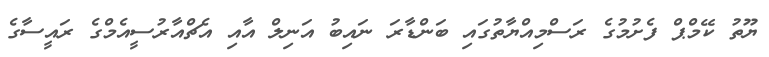
ޔޫތު ކޭމްޕް ފެށުމުގެ ރަސްމިއްޔާތުގައި ބަންޑާރަ ނައިބު އަނިލް އާއި އެޗްއާރުސީއެމްގެ ރައީސާގެ